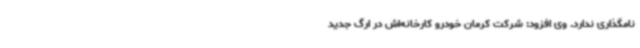
نامگذاری ندارد. وی افزود: شرکت کرمان خودرو کارخانه‌اش در ارگ جدید